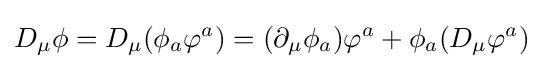
D_{\mu }\phi =D_{\mu }(\phi _{a}\varphi ^{a})=(\partial _{\mu }\phi _{a})\varphi ^{a}+\phi _{a}(D_{\mu }\varphi ^{a})